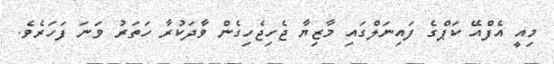
މިއީ އެފްއޭ ކަޕްގެ ފައިނަލްގައި މާޒިޔާ ޖެހިޖެހިގެން ވާދަކުރާ ހަތަރު ވަނަ ފަހަރެވެ.